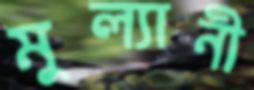
মুল্যানী